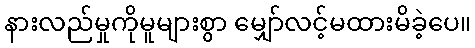
နားလည်မှုကိုမူများစွာ မျှော်လင့်မထားမိခဲ့ပေ။